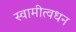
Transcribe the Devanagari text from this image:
स्वामीत्वधन